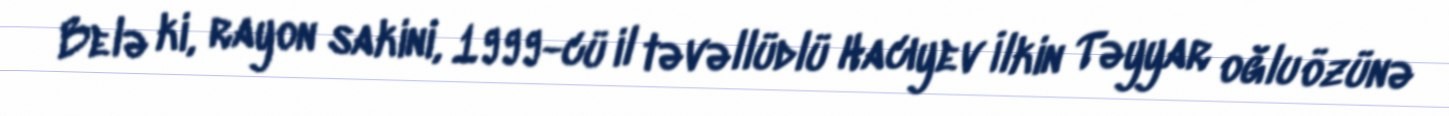
Belə ki, rayon sakini, 1999-cü il təvəllüdlü Hacıyev İlkin Təyyar oğlu özünə